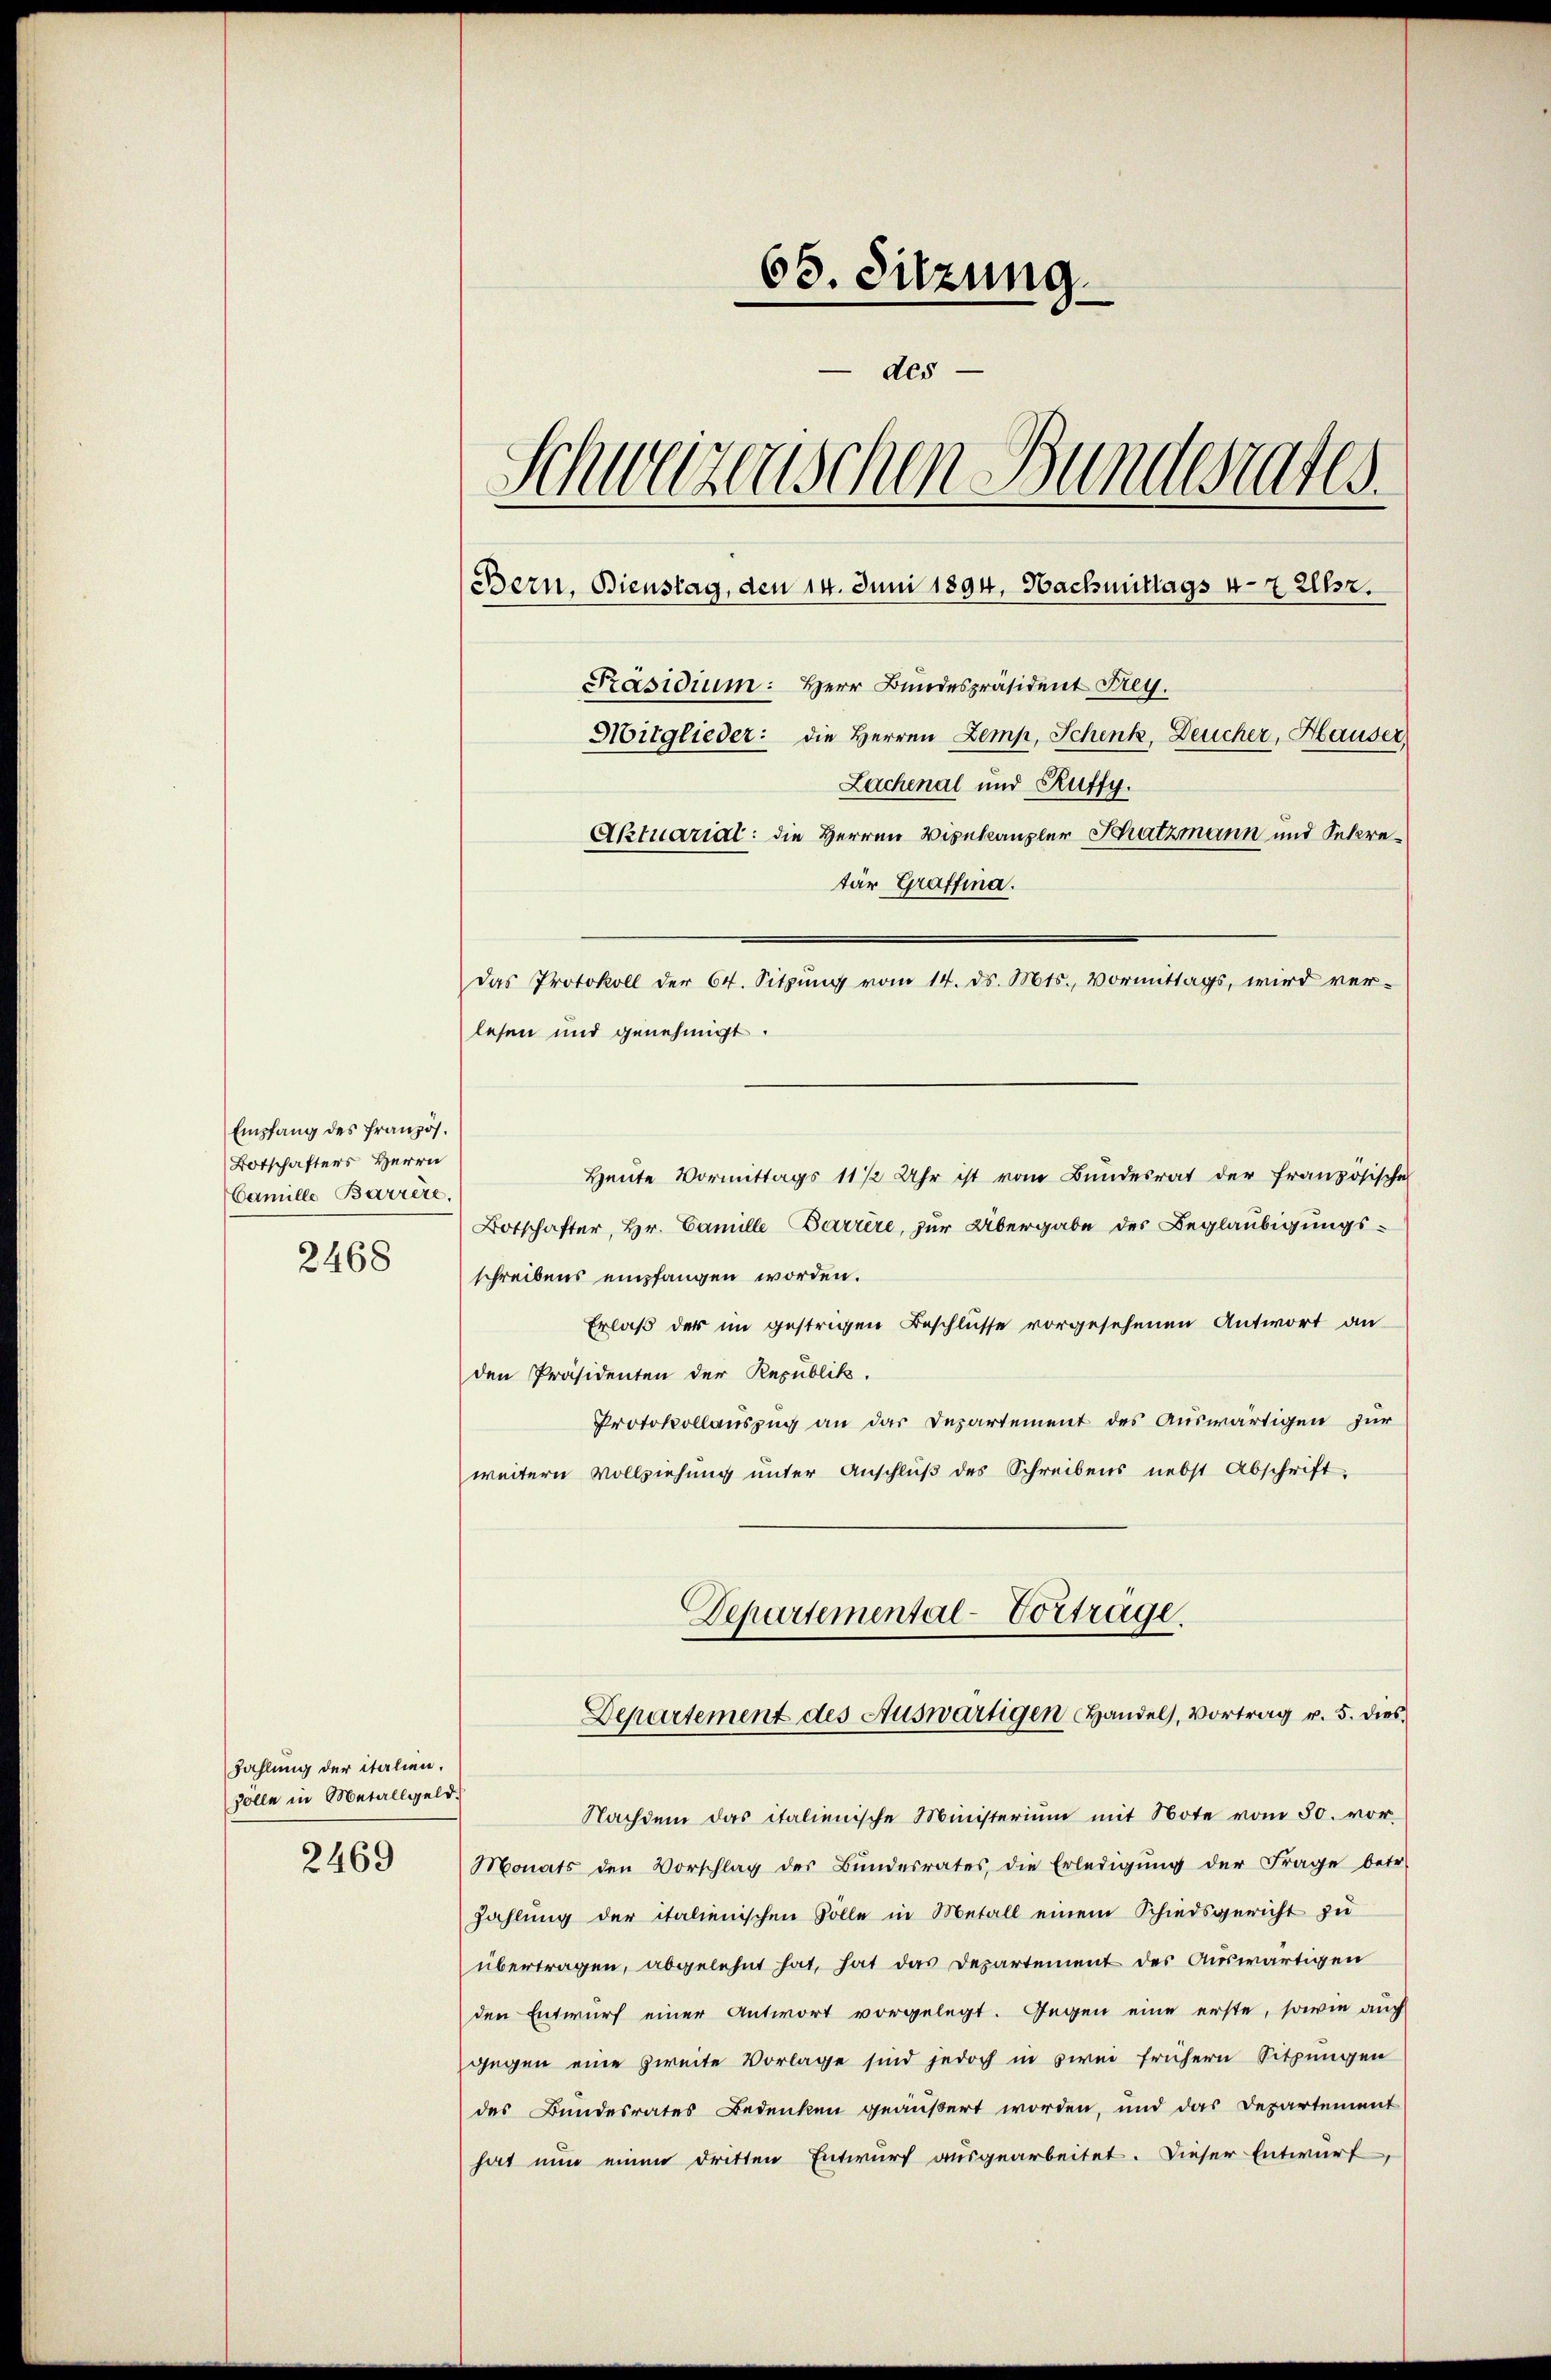
Empfang des Französ.
Botschafters Herrn
amille Barrire.

65. Sitzung
des
Schweizerischen Bundesrates.
(Bern, Bienstag, den 14. Juni 1894, Nachmittags v- 7 Uhr.
Präsidium: Herr Bundespräsident Frey.
Mitglieder: die Herren Zemp, Schenk, Deucher, Hauser,
Lachenal und Ruffy.
Aktuarial: die Herren Vizekanzler Schatzmann und Sekre¬

2468

lesen und genehmigt.
Heute Vormittags 11/2 Uhr ist vom Bundesrat der französische
Botschafter, Hr. Camille Barrire, zur Übergabe des Beglaubigungsschreibens empfangen worden.
Erlaß der im gestrigen Beschlusse vorgesehenen Antwort an
den Präsidenten der Republik.
Protokollauszug an das Departement des Auswärtigen zur
weitern Vollziehung unter Anschlŭβ des Schreibens nebst Abschrift
Departemental-Vortrage.
Departement des Auswärtigen Handel, Vortrag v. 5. dies
Nachdem das italienische Ministerium mit Note vom 30. vor
Monats den Vorschlag des Bundesrates, die Erledigŭng der Frage betr.
Zahlung der italienischen Solle in Metall einem Schiedsgericht zu
übertragen, abgelehnt hat, hat das Departement des Auswärtigen
den Entwurf einer Antwort vorgelegt. Gegen eine erste, sowie auch
gegen eine zweite Vorlage sind jedoch in sei frühern Sitzungen
des Bundesrates Bedenken geäußert worden, und das Departement
hat nun einen dritten Entwurf ausgearbeitet. Dieser Entwurf

Zahlung der italien.
solle in Metallgeld.
2469

tär Graffina.
Das Protokoll der 64. Sitzung vom 14. ds. Mts., Vormittags, wird ver-